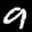
Label: 9